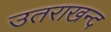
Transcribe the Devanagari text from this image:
उतराखन्द